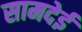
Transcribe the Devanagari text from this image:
सामदेई